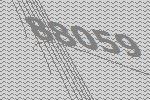
88059